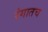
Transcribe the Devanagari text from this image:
रंगातच